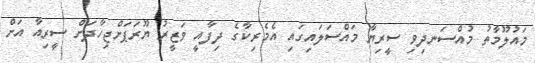
މައުލޫމާތު މުއްސަނދިވި ސީރިޔާ މައްސަލައިގައި އެމެރިކާގެ ދިފާއީ ވަޒީރު ޔޫރަޕަށްޖިހާދަށް ސީރިއާ އަށް